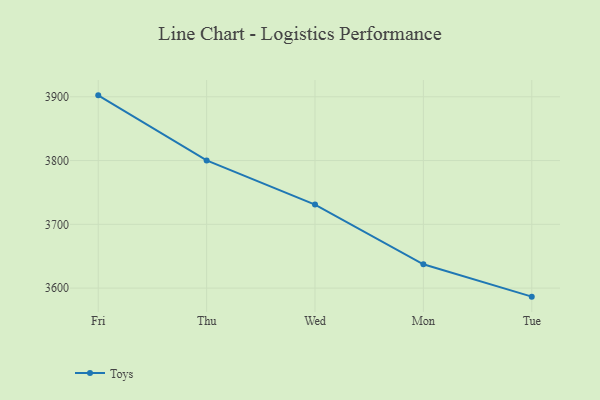
{"axis": {"x": "Day", "y": "Latency (ms)"}, "legend": ["Toys"], "data": [{"x": "Fri", "y": 3902.2, "type": "Toys"}, {"x": "Thu", "y": 3800.1, "type": "Toys"}, {"x": "Wed", "y": 3730.9, "type": "Toys"}, {"x": "Mon", "y": 3637.3, "type": "Toys"}, {"x": "Tue", "y": 3586.6, "type": "Toys"}]}